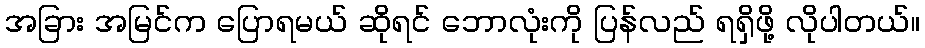
အခြား အမြင်က ပြောရမယ် ဆိုရင် ဘောလုံးကို ပြန်လည် ရရှိဖို့ လိုပါတယ်။